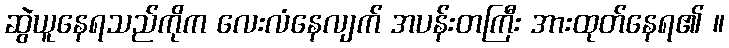
ဆွဲယူနေရသည်ကိုက လေးလံနေလျက် အပန်းတကြီး အားထုတ်နေရ၏ ။